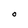
Character: O